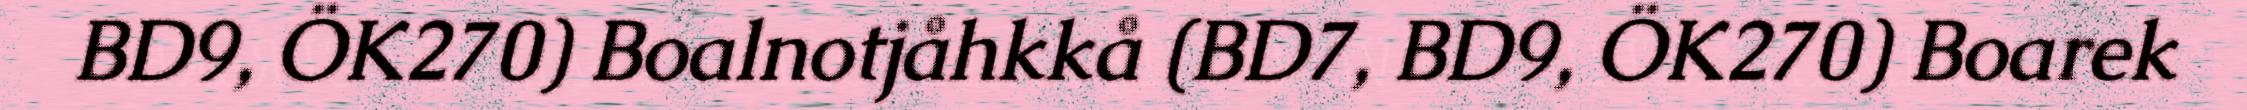
BD9, ÖK270) Boalnotjåhkkå (BD7, BD9, ÖK270) Boarek